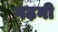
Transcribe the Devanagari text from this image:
गढ़नी